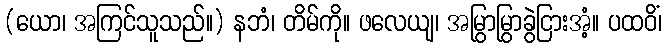
(ယော၊ အကြင်သူသည်။) နဘံ၊ တိမ်ကို။ ဖလေယျ၊ အမြွာမြွာခွဲငြားအံ့။ ပထဝိံ၊